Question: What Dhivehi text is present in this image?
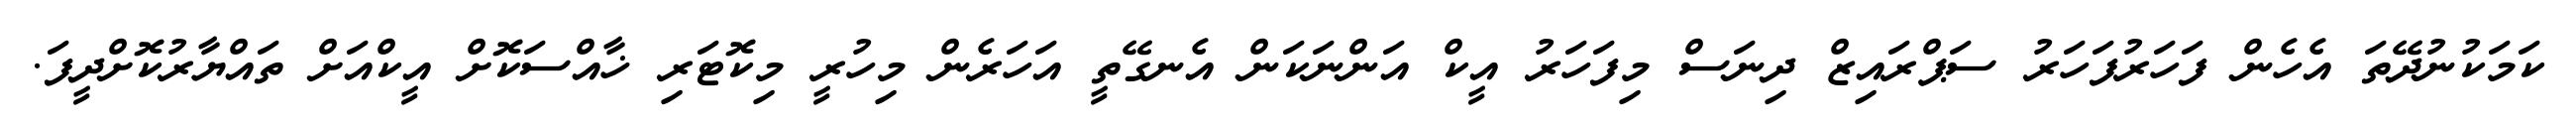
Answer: ކަމަކުނުދޭތަ އެހެން ފަހަރުފަހަރު ސަޕްރައިޒް ދިނަސް މިފަހަރު އީކް އަންނަކަން އެނގޭތީ އަހަރެން މިހުރީ މިކޮޓަރި ޚާއްސަކޮށް އީކްއަށް ތައްޔާރުކޮށްދީފަ.